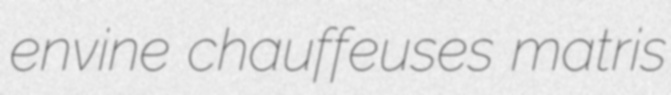
envine chauffeuses matris